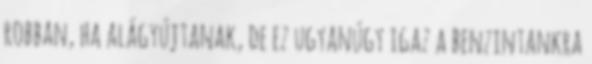
robban, ha alágyújtanak, de ez ugyanúgy igaz a benzintankra